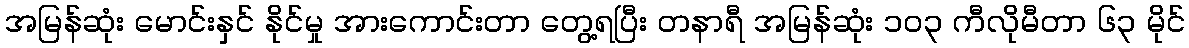
အမြန်ဆုံး မောင်းနှင် နိုင်မှု အားကောင်းတာ တွေ့ရပြီး တနာရီ အမြန်ဆုံး ၁၀၃ ကီလိုမီတာ ၆၃ မိုင်